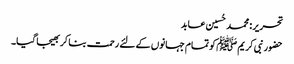
تحریر : محمد حُسین عابد
حضور نبی کریم ﷺ کو تمام جہانوں کے لئے رحمت بنا کر بھیجا گیا۔